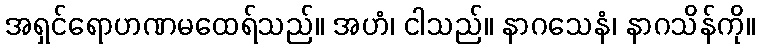
အရှင်ရောဟဏမထေရ်သည်။ အဟံ၊ ငါသည်။ နာဂသေနံ၊ နာဂသိန်ကို။